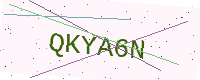
Text: QKYA6N